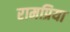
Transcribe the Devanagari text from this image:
रामप्रिया